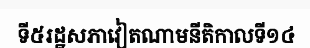
ទី៥រដ្ឋសភាវៀតណាមនីតិកាលទី១៤